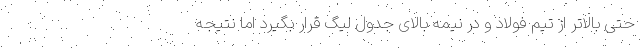
حتی بالاتر از تیم فولاد و در نیمه بالای جدول لیگ قرار بگیرد اما نتیجه